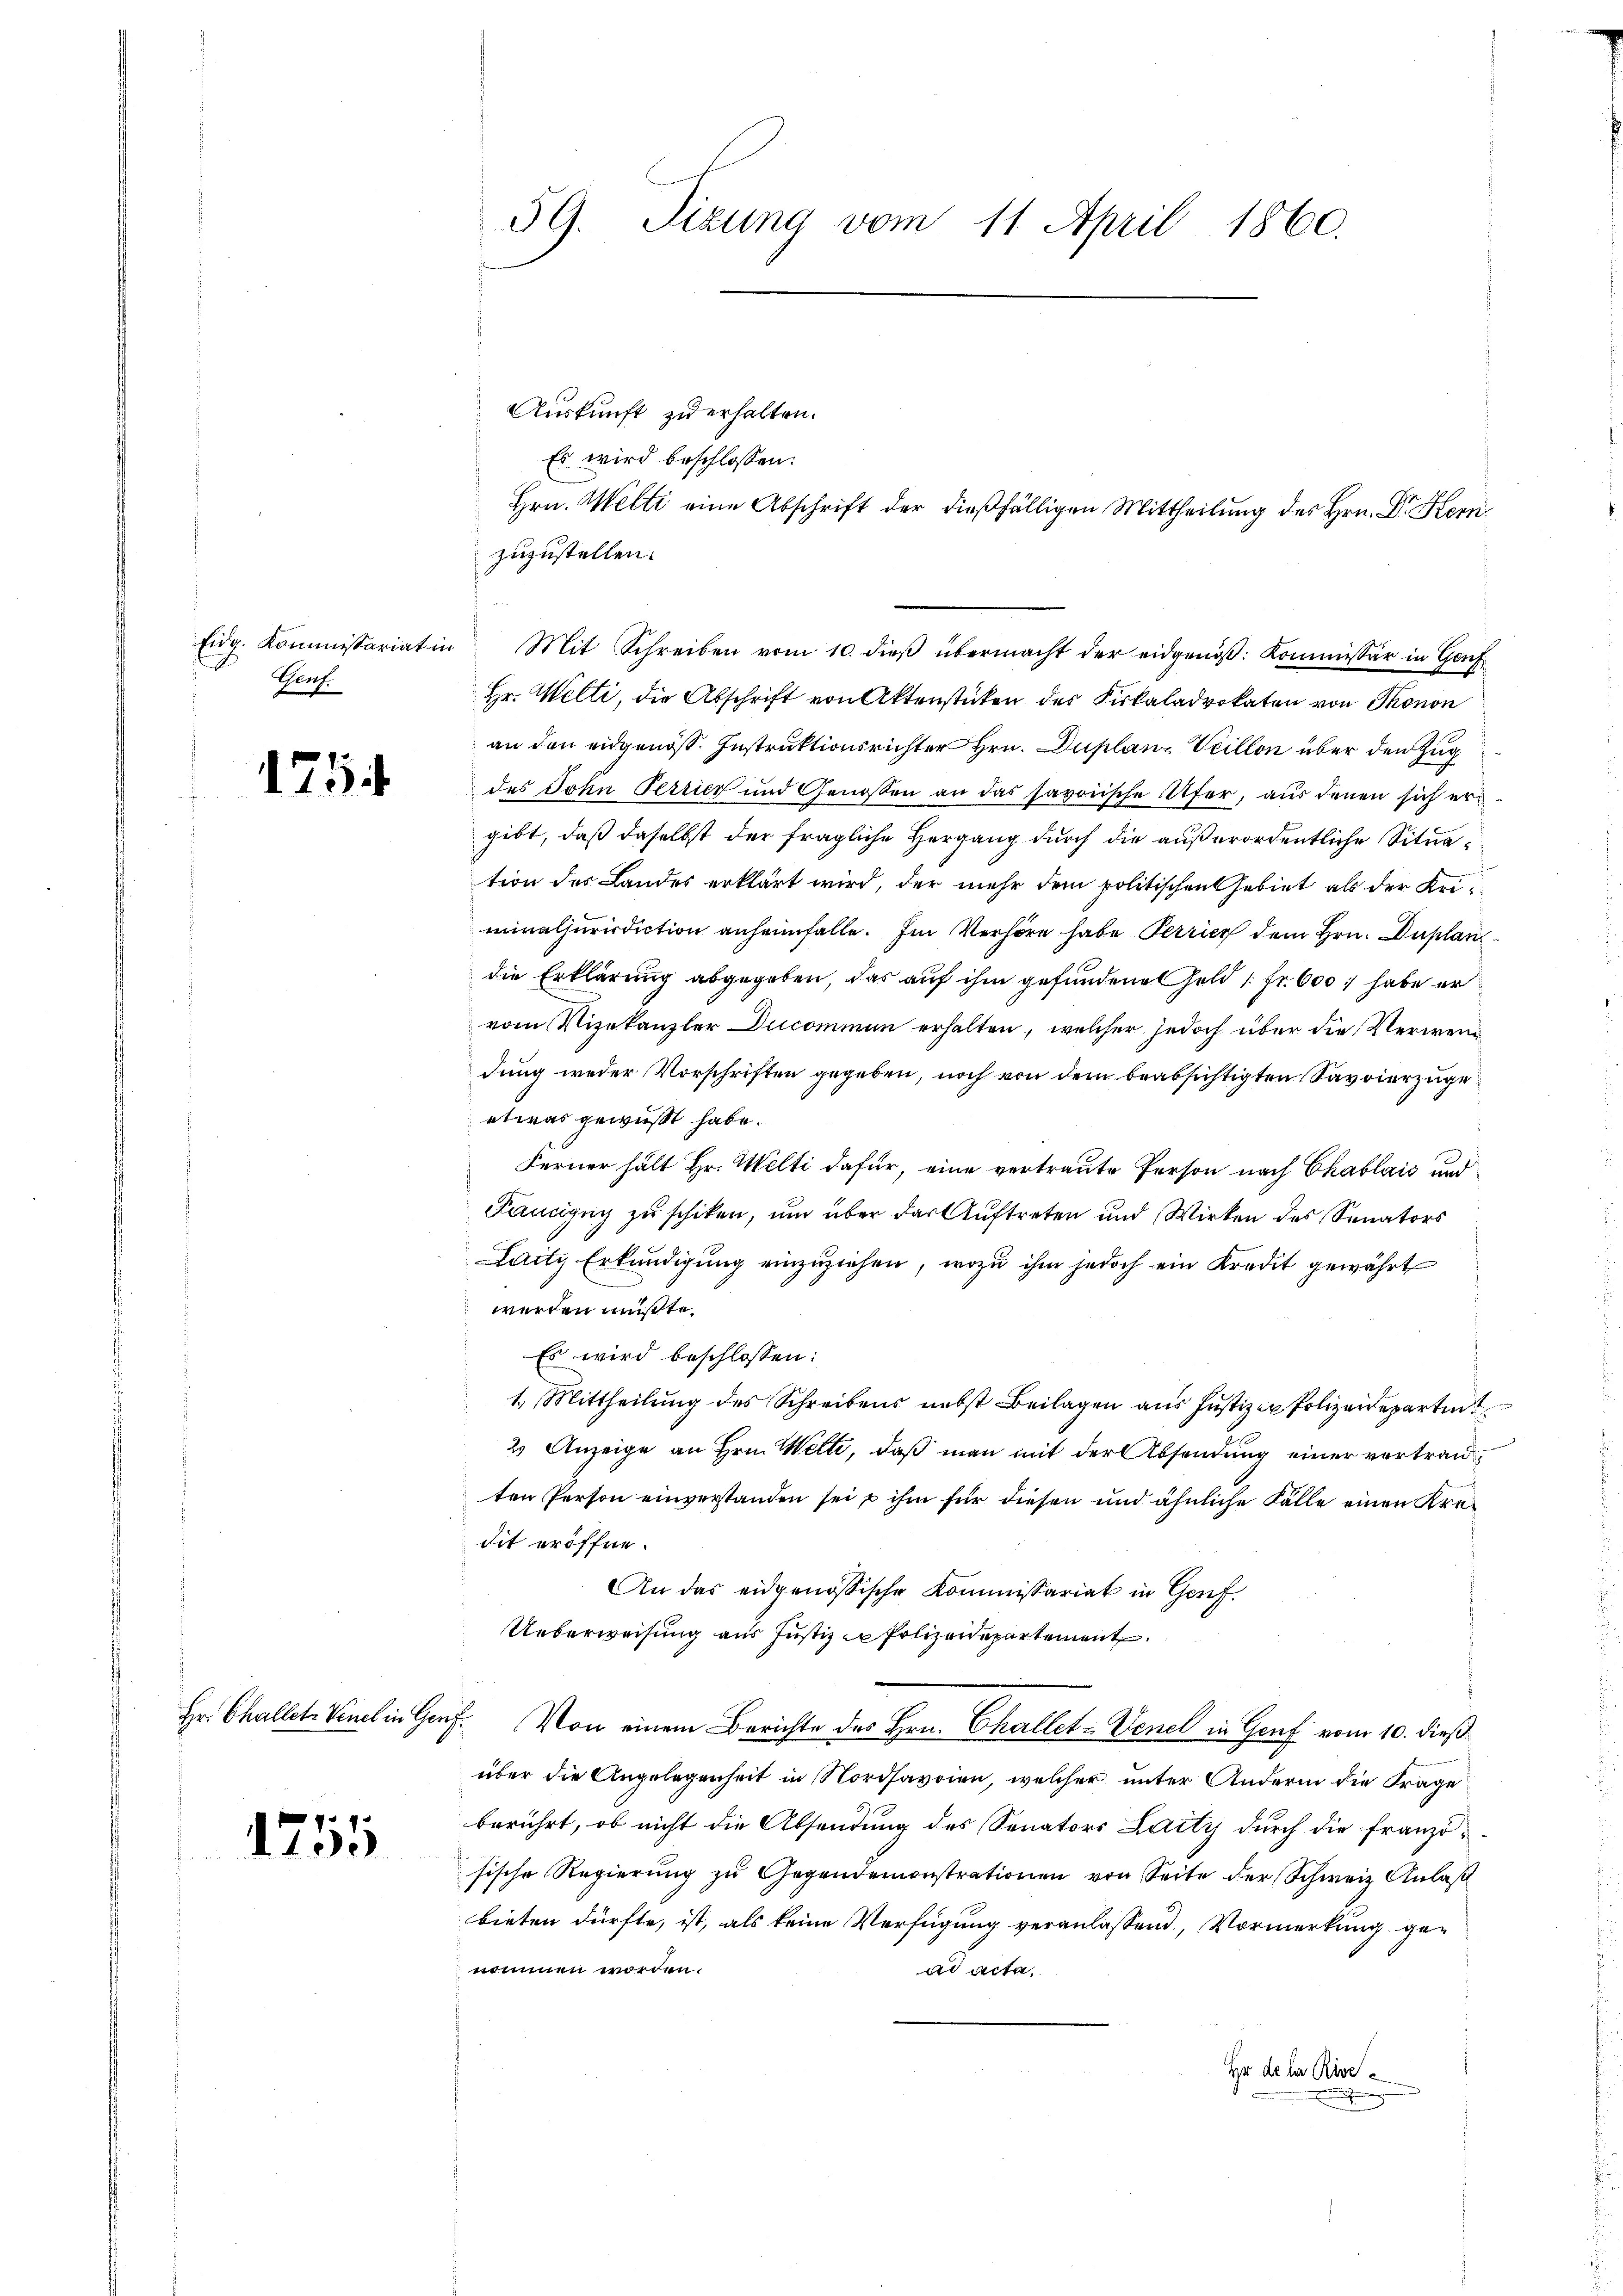
Genf.

1754

1755

59. Sizung vom 11. April 1860.

Auskunft zu erhalten.
Es wird beschlossen:
zuzustellen.
Eidg. Kommissariat in Mit Schreiben vom 10. dieβ übermacht der eidgenöß: Kommissär in Gef
Hr. Welti, die Abschrift von Aktenstücken des Fiskaladrokaten von Thonon
an den eidgenöss. Instruktionsrichter Hrn. Duplan- Veillon über den Zug
des John Perrier und Genossen an das savoische Ufer, aus denen sich ergibt, daß daselbst der fragliche Hergang durch die außerordentliche Situation des Landes erklärt wird, der mehr dem politischen Gebiet als der Uriminaljurisdiction anheimfalle. Im Verhöre habe Perrier dem Hrn. Duplan
die Erklärung abgegeben, das auf ihm gefundene Geld 1 Fr. 600, habe er
vom Vizekanzler Ducommun erhalten, welcher jedoch über die Verwendung weder Vorschriften gegeben, noch von dem beabsichtigten Savvierzugeetwas gewußt habe.
Ferner hält Hr. Welti dafür, eine vertraute Person nach Chablais und
Fancipuy zu schiken, um über der Auftreten und Wirken des Senators
Laity Erkundigung einzuziehen, wozu ihm jedoch ein Kredit gewährt
werden müßte.
Es wird beschlossen:
1. Mittheilŭng des Schreibens nebst Beilagen ans Justiz- Polizeideparten
2 Anzeige an Hrn. Welti, daß man mit der Absendung einer vertrauten Person einverstanden sei u ihm für diesen und ähnliche Fälle einen Kredit eröffne.
An das eidgenössische Kommissariat in Genf.
Ueberweisung aus Justiz er Polizeidepartement
Hr. Challet. Von in Gruf. Von einem Berichte des Hrn. Challet-Venel in Genf vom 10. dieß
über die Angelegenheit in Nordsavoien, welcher unter Andern die Frage
berührt, ob nicht die Absendung des Senators Laity durch die französische Regierŭng zŭ Gegendemonstrationen von Seite der Schweiz Anlaβ
bieten dürfte, ist, als keine Verfügung veranlassend, Vormerkung genommen worden.
ad acta.
Hr de la Rive¬
.

Hrn. Welti eine Abschrift der dießfälligen Mittheilung des Hrn. Dr Kern